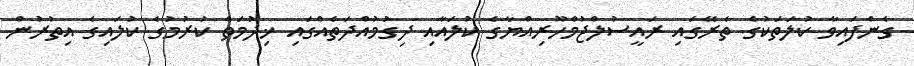
ގެންފައިވާ ކުލަތަކުގެ ތެރޭގައި ރައީސުލްޖުމްހޫރިއްޔާގެ ކުލައާއި ދިގުމުއްދަތެއްގައި ޚިދުމަތް ކުރުމުގެ ކުލައިގެ އިތުރުން